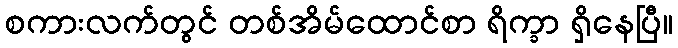
စကားလက်တွင် တစ်အိမ်ထောင်စာ ရိက္ခာ ရှိနေပြီ။